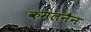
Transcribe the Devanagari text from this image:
कमलनैन